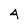
Character: 4